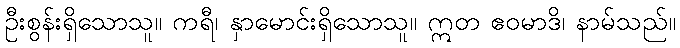
ဦးစွန်းရှိသောသူ။ ကရီ၊ နှာမောင်းရှိသောသူ။ ဣတ ဧဝမာဒိ၊ နာမ်သည်။